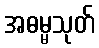
အဓမ္မသုတ်